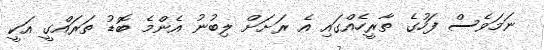
ނަމަވެސް ފަހުގެ ތާރީހެއްގައި އެ ރަށަށް ލިބުނު އެންމެ ބޮޑު ތަރައްގީ އަކީ